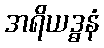
အရိယဒ္ဓနံ